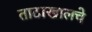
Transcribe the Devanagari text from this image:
ताटाखालचे